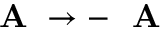
\mathrm { ~ \bf ~ A ~ } \rightarrow - \mathrm { ~ \bf ~ A ~ }